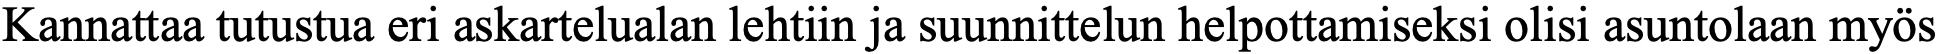
Kannattaa tutustua eri askartelualan lehtiin ja suunnittelun helpottamiseksi olisi asuntolaan myös